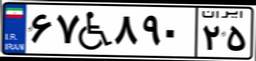
۶۲W۲۴۲۹۰